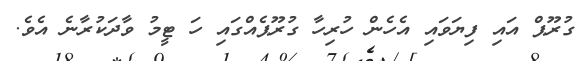
ގުރޫޕް އައި ފިޔަވައި އެހެން ހުރިހާ ގުރޫޕެއްގައި ހަ ޓީމު ވާދަކުރާނެ އެވެ.